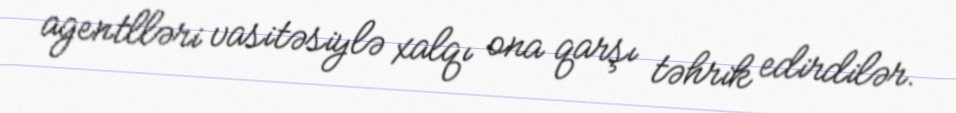
agentlləri vasitəsiylə xalqı ona qarşı təhrik edirdilər.